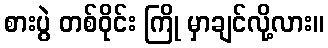
စားပွဲ တစ်ဝိုင်း ကြို မှာချင်လို့လား။